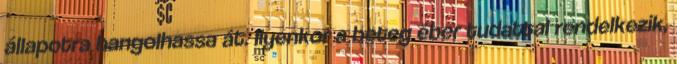
állapotra hangolhassa át. Ilyenkor a beteg éber tudattal rendelkezik,